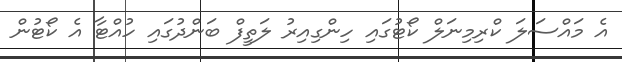
އެ މައްސަލަ ކްރިމިނަލް ކޯޓުގައި ހިންގިއިރު ލަތީފް ބަންދުގައި ހުއްޓާ އެ ކޯޓުން